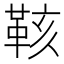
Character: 𮧙